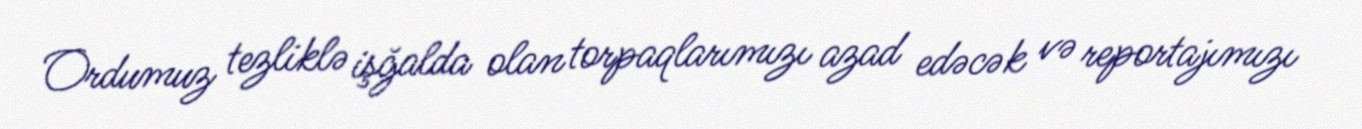
Ordumuz tezliklə işğalda olan torpaqlarımızı azad edəcək və reportajımızı